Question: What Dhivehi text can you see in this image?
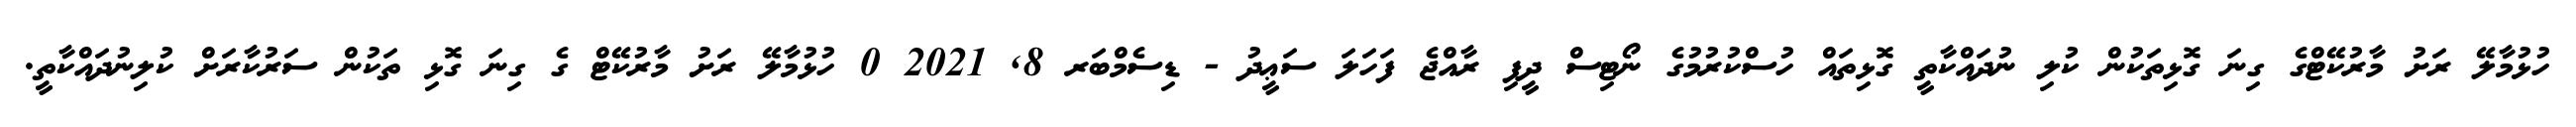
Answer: ހުޅުމާލޭ ރަށު މާރުކޭޓްގެ ގިނަ ގޮޅިތަކުން ކުލި ނުދައްކާތީ ގޮޅިތައް ހުސްކުރުމުގެ ނޯޓިސް ދީފި ރާއްޖެ ފަހަލަ ސަޢީދު - ޑިސެމްބަރ 8, 2021 0 ހުޅުމާލޭ ރަށު މާރުކޭޓް ގެ ގިނަ ގޮޅި ތަކުން ސަރުކާރަށް ކުލިނުދައްކާތީ.